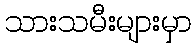
သားသမီးများမှာ